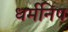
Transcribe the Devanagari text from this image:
धर्मनिष